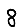
Digit: 8